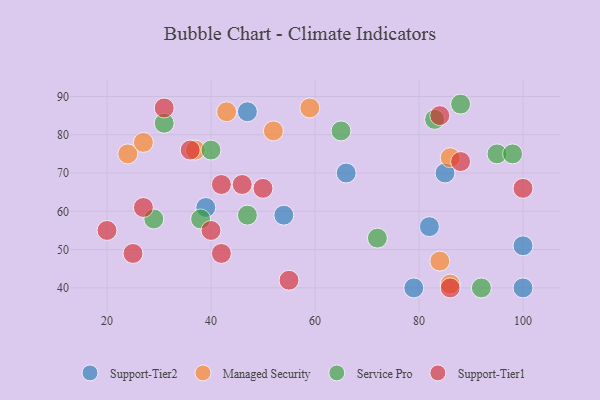
{"axis": {"x": "GDP", "y": "Life Expectancy"}, "legend": ["Managed Security", "Service Pro", "Support-Tier1", "Support-Tier2"], "data": [{"x": "39", "y": 61, "type": "Support-Tier2"}, {"x": "54", "y": 59, "type": "Support-Tier2"}, {"x": "79", "y": 40, "type": "Support-Tier2"}, {"x": "82", "y": 56, "type": "Support-Tier2"}, {"x": "85", "y": 70, "type": "Support-Tier2"}, {"x": "100", "y": 40, "type": "Support-Tier2"}, {"x": "100", "y": 51, "type": "Support-Tier2"}, {"x": "47", "y": 86, "type": "Support-Tier2"}, {"x": "66", "y": 70, "type": "Support-Tier2"}, {"x": "84", "y": 47, "type": "Managed Security"}, {"x": "43", "y": 86, "type": "Managed Security"}, {"x": "24", "y": 75, "type": "Managed Security"}, {"x": "86", "y": 74, "type": "Managed Security"}, {"x": "37", "y": 76, "type": "Managed Security"}, {"x": "59", "y": 87, "type": "Managed Security"}, {"x": "27", "y": 78, "type": "Managed Security"}, {"x": "86", "y": 41, "type": "Managed Security"}, {"x": "52", "y": 81, "type": "Managed Security"}, {"x": "38", "y": 58, "type": "Service Pro"}, {"x": "40", "y": 76, "type": "Service Pro"}, {"x": "88", "y": 88, "type": "Service Pro"}, {"x": "72", "y": 53, "type": "Service Pro"}, {"x": "83", "y": 84, "type": "Service Pro"}, {"x": "65", "y": 81, "type": "Service Pro"}, {"x": "95", "y": 75, "type": "Service Pro"}, {"x": "31", "y": 83, "type": "Service Pro"}, {"x": "98", "y": 75, "type": "Service Pro"}, {"x": "47", "y": 59, "type": "Service Pro"}, {"x": "29", "y": 58, "type": "Service Pro"}, {"x": "92", "y": 40, "type": "Service Pro"}, {"x": "42", "y": 67, "type": "Support-Tier1"}, {"x": "27", "y": 61, "type": "Support-Tier1"}, {"x": "25", "y": 49, "type": "Support-Tier1"}, {"x": "20", "y": 55, "type": "Support-Tier1"}, {"x": "84", "y": 85, "type": "Support-Tier1"}, {"x": "36", "y": 76, "type": "Support-Tier1"}, {"x": "42", "y": 49, "type": "Support-Tier1"}, {"x": "40", "y": 55, "type": "Support-Tier1"}, {"x": "55", "y": 42, "type": "Support-Tier1"}, {"x": "86", "y": 40, "type": "Support-Tier1"}, {"x": "50", "y": 66, "type": "Support-Tier1"}, {"x": "31", "y": 87, "type": "Support-Tier1"}, {"x": "46", "y": 67, "type": "Support-Tier1"}, {"x": "100", "y": 66, "type": "Support-Tier1"}, {"x": "88", "y": 73, "type": "Support-Tier1"}]}